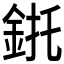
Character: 𲇌